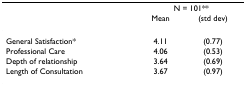
<table><thead><tr><td></td><td colspan="2"><b>N = 101**</b></td></tr><tr><td></td><td><b>Mean</b></td><td><b>(std dev)</b></td></tr></thead><tbody><tr><td>General Satisfaction*</td><td>4.11</td><td>(0.77)</td></tr><tr><td>Professional Care</td><td>4.06</td><td>(0.53)</td></tr><tr><td>Depth of relationship</td><td>3.64</td><td>(0.69)</td></tr><tr><td>Length of Consultation</td><td>3.67</td><td>(0.97)</td></tr></tbody></table>